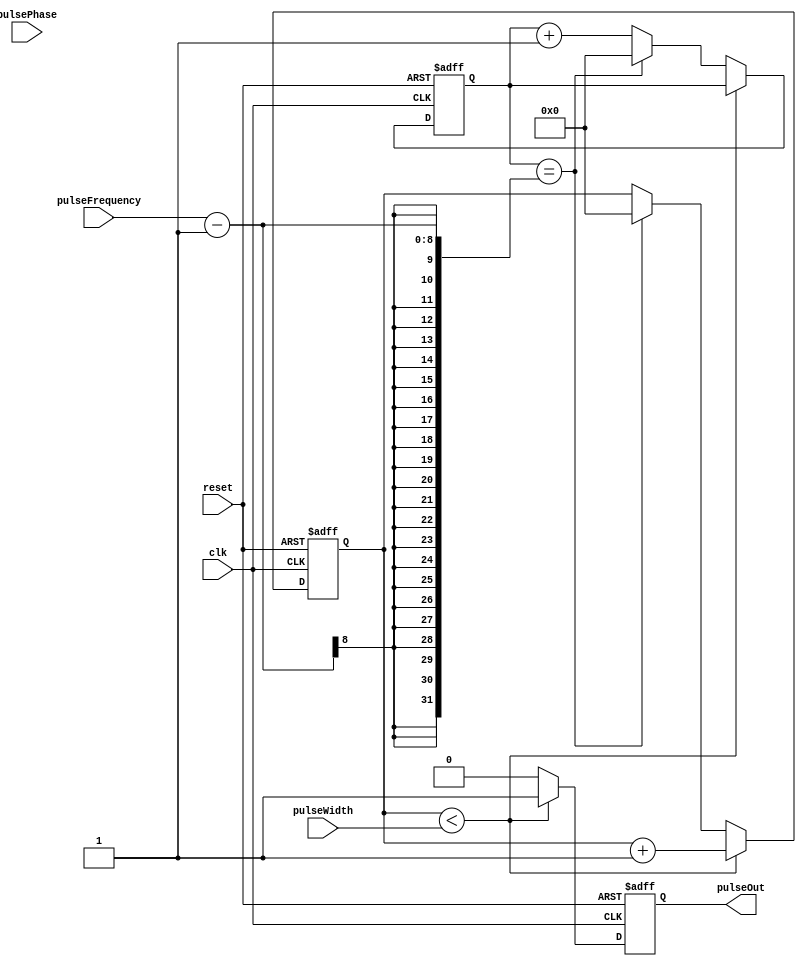
module ProgrammablePulseGenerator (
    input wire clk,               // Clock input
    input wire reset,             // Reset input
    input wire [7:0] pulseWidth,  // Programmable pulse width input
    input wire [7:0] pulseFrequency, // Programmable pulse frequency input
    input wire [7:0] pulsePhase,  // Programmable pulse phase input
    output reg pulseOut           // Output pulse signal
);

reg [7:0] count;
reg [7:0] delay_counter;

always @(posedge clk or posedge reset) begin
    if (reset) begin
        count <= 8'b0;
        delay_counter <= 8'b0;
        pulseOut <= 1'b0;
    end else begin
        if (count < pulseWidth) begin
            count <= count + 1;
            pulseOut <= 1'b1;
        end else begin
            pulseOut <= 1'b0;
            if (delay_counter == pulseFrequency - 1) begin
                count <= 8'b0;
                delay_counter <= 8'b0;
            end else begin
                delay_counter <= delay_counter + 1;
            end
        end
    end
end

endmodule